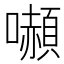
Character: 𭌍